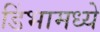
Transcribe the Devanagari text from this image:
डिंभामध्ये